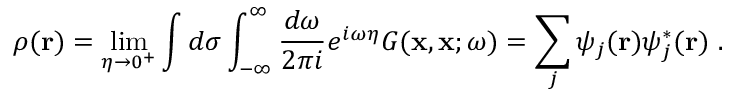
\rho ( \mathbf { r } ) = \operatorname* { l i m } _ { \eta \to 0 ^ { + } } \int d \sigma \int _ { - \infty } ^ { \infty } \frac { d \omega } { 2 \pi i } e ^ { i \omega \eta } G ( \mathbf { x } , \mathbf { x } ; \omega ) = \sum _ { j } \psi _ { j } ( \mathbf { r } ) \psi _ { j } ^ { * } ( \mathbf { r } ) \ .